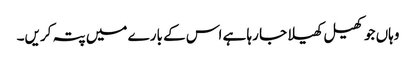
وہاں جو کھیل کھیلا جا رہا ہے اس کے بارے میں پتہ کریں۔